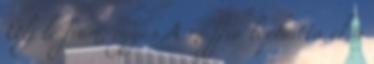
Ülj le fiam, egyes A maffia lophatta el a